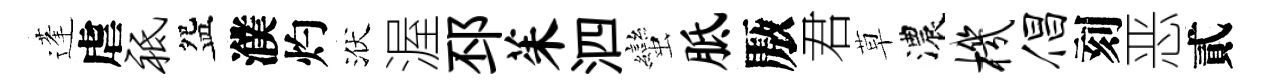
蓬虐祗盌濮灼洑渥邳茱泗蠻胝厫君草濃机倡刻恶貳